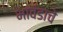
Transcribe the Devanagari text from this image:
भावंडाचे